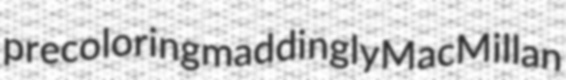
precoloring maddingly MacMillan